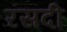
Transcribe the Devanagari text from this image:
रसदी